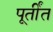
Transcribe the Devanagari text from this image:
पूर्तींत